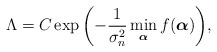
\begin{align*} \Lambda = C \exp{\left(-\frac{1}{\sigma_n^2}\min_{\boldsymbol\alpha}f(\boldsymbol{\alpha})\right)},\end{align*}